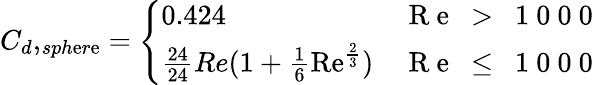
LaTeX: {C_{d},_{sph\mathrm{e}r\mathrm{e}}}=\left\{ \begin{array}{ll}{0.424}&{\mathrm{~R~e~\ >~\ 1~0~0~0~}}\\ {\frac{24}{24}{Re}(1+\frac{1}{6}\mathrm{Re}^{\frac{2}{3}})}&{\mathrm{~R~e~\ \leq~\ 1~0~0~0~}}\end{array}\right.